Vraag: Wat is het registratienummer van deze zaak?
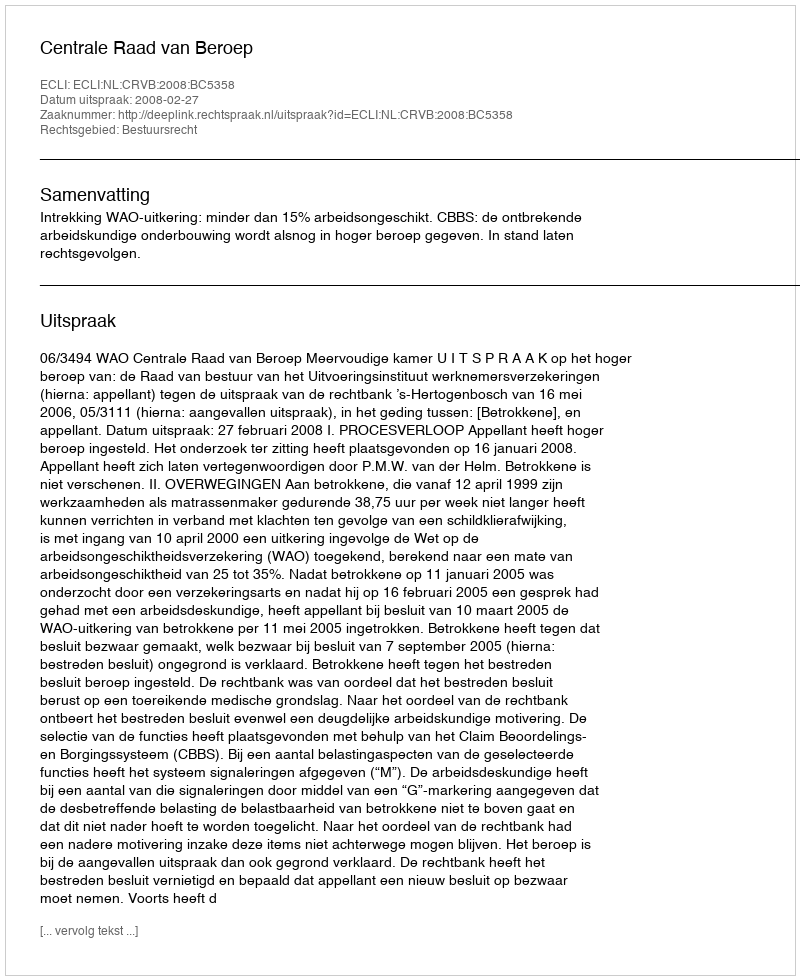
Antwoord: http://deeplink.rechtspraak.nl/uitspraak?id=ECLI:NL:CRVB:2008:BC5358